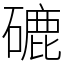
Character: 䃙